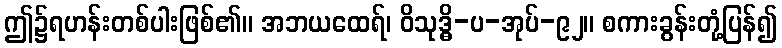
ဤ၌ရဟန်းတစ်ပါးဖြစ်၏။ အဘယထေရ်၊ ဝိသုဒ္ဓိ-ပ-အုပ်-၉၂။ စကားခွန်းတုံ့ပြန်၍